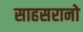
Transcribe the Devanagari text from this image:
साहसरानो